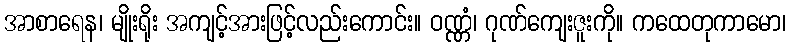
အာစာရေန၊ မျိုးရိုး အကျင့်အားဖြင့်လည်းကောင်း။ ဝဏ္ဏံ၊ ဂုဏ်ကျေးဇူးကို။ ကထေတုကာမော၊